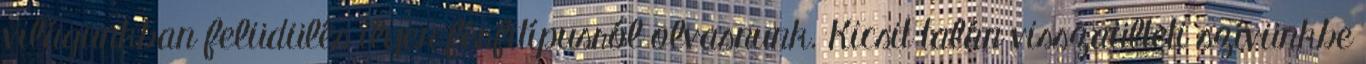
világunkban felüdülés ilyen férfitípusról olvasnunk. Kicsit talán visszaülteti szívünkbe